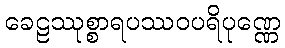
ခေဠဿုစ္စာရပဿဝပရိပုဏ္ဏေ